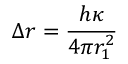
\Delta r = \frac { h \kappa } { 4 \pi r _ { 1 } ^ { 2 } }